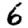
Digit: 6